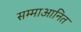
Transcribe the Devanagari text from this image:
सम्माआनित